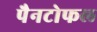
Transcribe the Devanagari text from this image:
पैनटोफल